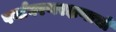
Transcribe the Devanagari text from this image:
पर्यावरणरक्षणाची